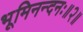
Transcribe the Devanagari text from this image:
भूमिनन्दनः॥२॥